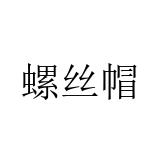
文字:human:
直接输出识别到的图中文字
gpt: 螺丝帽